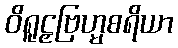
ဝိရူဠှဗြဟ္မစရိယာ